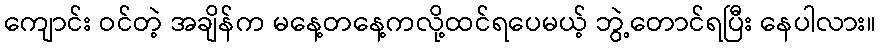
ကျောင်း ဝင်တဲ့ အချိန်က မနေ့တနေ့ကလို့ထင်ရပေမယ့် ဘွဲ့တောင်ရပြီး နေပါလား။